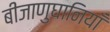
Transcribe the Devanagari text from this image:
बीजाणुघानियाँ